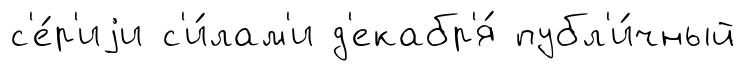
с'е́р'иjи с'и́лам'и д'екабр'я́ публ'и́чный